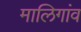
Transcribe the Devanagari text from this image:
मालिगांव